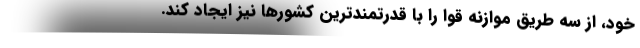
خود، از سه طریق موازنه قوا را با قدرتمندترین کشورها نیز ایجاد کند.